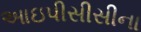
આઇપીસીસીના